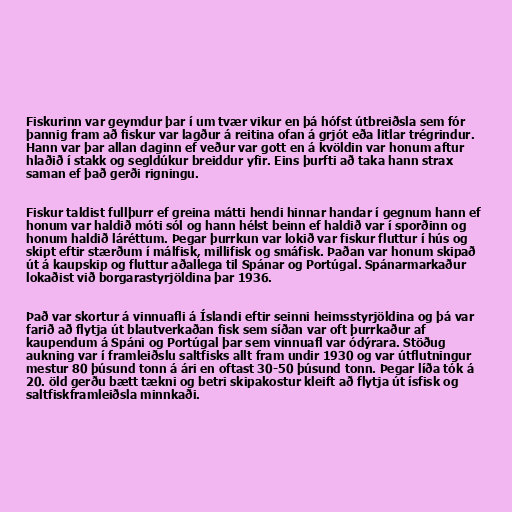
Fiskurinn var geymdur þar í um tvær vikur en þá hófst útbreiðsla sem fór
þannig fram að fiskur var lagður á reitina ofan á grjót eða litlar trégrindur.
Hann var þar allan daginn ef veður var gott en á kvöldin var honum aftur
hlaðið í stakk og segldúkur breiddur yfir. Eins þurfti að taka hann strax
saman ef það gerði rigningu.

Fiskur taldist fullþurr ef greina mátti hendi hinnar handar í gegnum hann ef
honum var haldið móti sól og hann hélst beinn ef haldið var í sporðinn og
honum haldið láréttum. Þegar þurrkun var lokið var fiskur fluttur í hús og
skipt eftir stærðum í málfisk, millifisk og smáfisk. Þaðan var honum skipað
út á kaupskip og fluttur aðallega til Spánar og Portúgal. Spánarmarkaður
lokaðist við borgarastyrjöldina þar 1936.

Það var skortur á vinnuafli á Íslandi eftir seinni heimsstyrjöldina og þá var
farið að flytja út blautverkaðan fisk sem síðan var oft þurrkaður af
kaupendum á Spáni og Portúgal þar sem vinnuafl var ódýrara. Stöðug
aukning var í framleiðslu saltfisks allt fram undir 1930 og var útflutningur
mestur 80 þúsund tonn á ári en oftast 30-50 þúsund tonn. Þegar líða tók á
20. öld gerðu bætt tækni og betri skipakostur kleift að flytja út ísfisk og
saltfiskframleiðsla minnkaði.